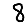
Digit: 8